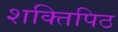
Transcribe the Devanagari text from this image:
शक्तिपिठ